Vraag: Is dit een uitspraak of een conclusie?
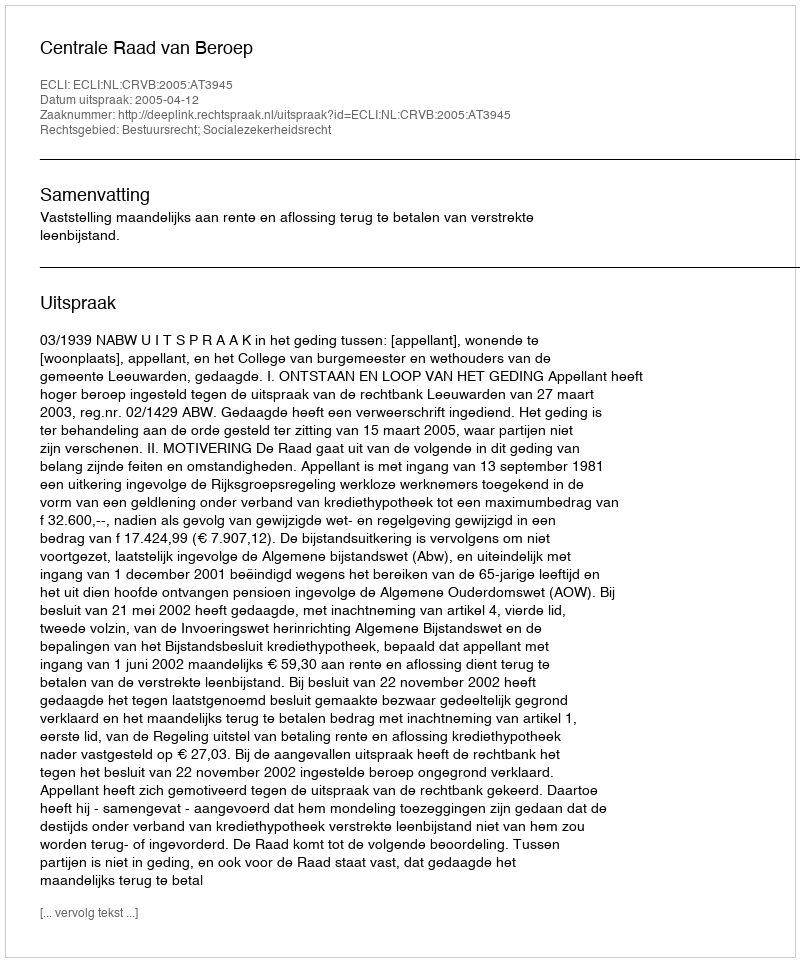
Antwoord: Uitspraak